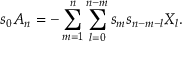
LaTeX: s _ { 0 } A _ { n } = - \sum _ { m = 1 } ^ { n } \sum _ { l = 0 } ^ { n - m } s _ { m } s _ { n - m - l } X _ { l } .